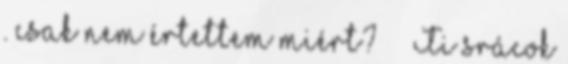
. csak nem értettem miért? – – Ti srácok